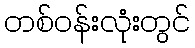
တစ်ဝန်းလုံးတွင်